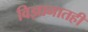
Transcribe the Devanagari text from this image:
विज्ञानातही